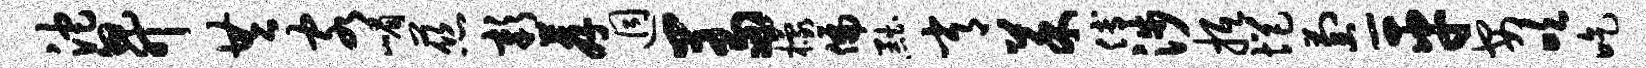
沱升共客嵋慈彰荐迥羞檬偏黜常菜傅涉抵悒萄-平安吹吃